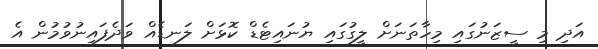
އަދި މި ސީޒަނުގައި މިހާތަނަށް ލީގުގައި ޔުނައިޓެޑް ކޮޅަށް ލަނޑެއް ވަދެފައިނުވުމުން އެ